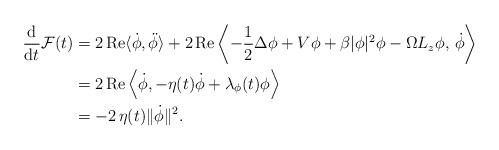
LaTeX: \begin{align*}\frac{\mathrm{d}}{\mathrm{d}t}\mathcal{F}(t) &= 2\,\mathrm{Re}\langle\dot{\phi},\ddot{\phi}\rangle + 2\,\mathrm{Re}\left\langle -\frac12\Delta\phi+V\phi+\beta|\phi|^2\phi-\Omega L_z\phi,\, \dot{\phi}\right\rangle \\&= 2\,\mathrm{Re}\left\langle\dot{\phi},-\eta(t)\dot{\phi}+\lambda_{\phi}(t)\phi\right\rangle \\&= - 2\,\eta(t)\|\dot{\phi}\|^2.\end{align*}